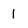
Character: I